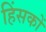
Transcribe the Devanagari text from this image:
हिंसकों